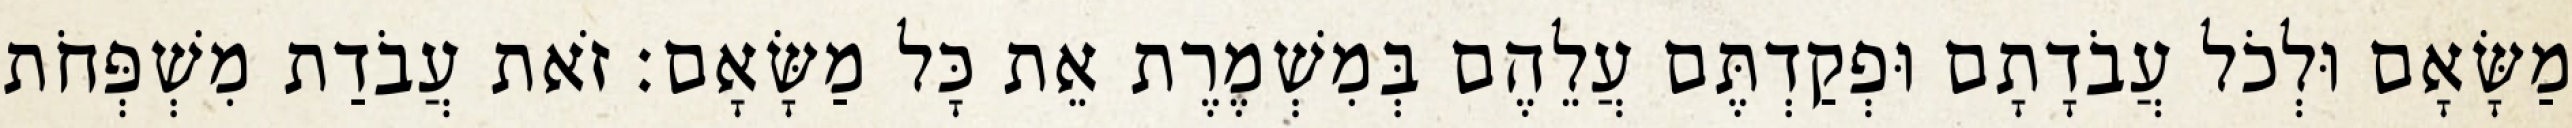
מַשָּׂאָם וּלְכֹל עֲבֹדָתָם וּפְקַדְתֶּם עֲלֵהֶם בְּמִשְׁמֶרֶת אֵת כָּל מַשָּׂאָם׃ זֹאת עֲבֹדַת מִשְׁפְּחֹת